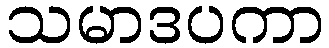
သမာဒပကာ